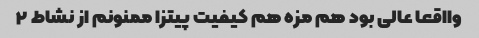
وااقعا عالی بود هم مزه هم کیفیت پیتزا ممنونم از نشاط ۲